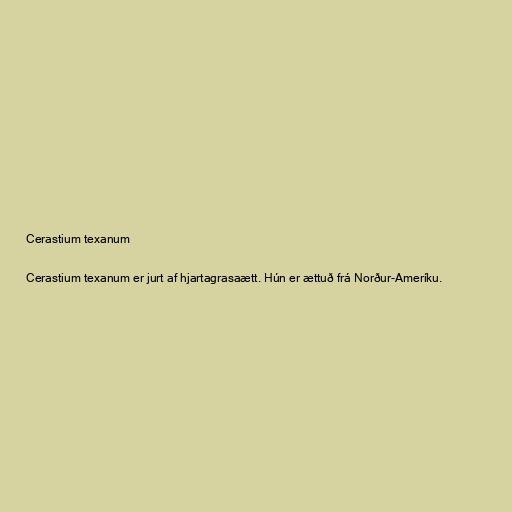
Cerastium texanum

Cerastium texanum er jurt af hjartagrasaætt. Hún er ættuð frá Norður-Ameríku.